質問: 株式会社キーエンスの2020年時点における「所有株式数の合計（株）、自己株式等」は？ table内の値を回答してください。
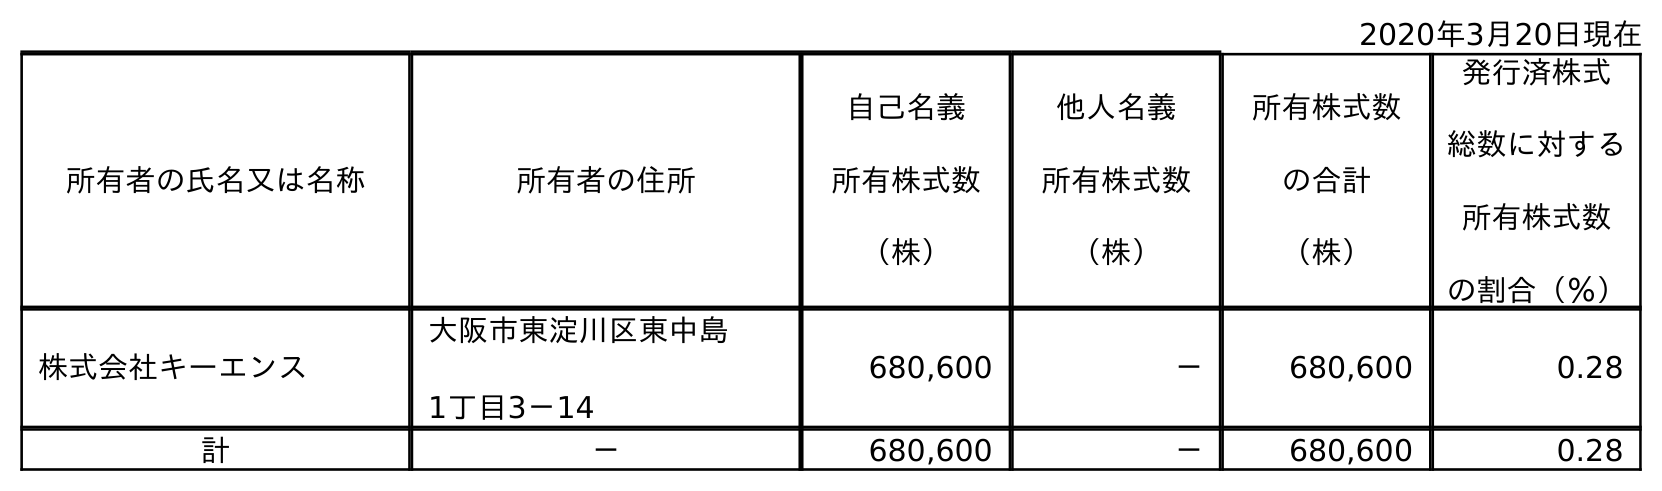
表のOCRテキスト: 2020年3月20日現在 所有者の氏名又は名称 所有者の住所 自己名義 所有株式数 （株） 他人名義 所有株式数 （株） 所有株式数 の合計 （株） 発行済株式 総数に対する 所有株式数 の割合（％） 株式会社キーエンス 大阪市東淀川区東中島 1丁目3－14 680,600 － 680,600 0.28 計 － 680,600 － 680,600 0.28
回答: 680,600